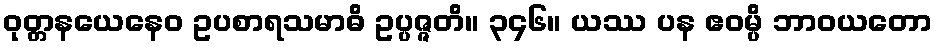
ဝုတ္တနယေနေဝ ဥပစာရသမာဓိ ဥပ္ပဇ္ဇတိ။ ၃၄၆။ ယဿ ပန ဧဝမ္ပိ ဘာဝယတော